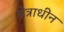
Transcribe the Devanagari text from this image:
श्रेत्राधीन